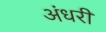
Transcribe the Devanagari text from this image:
अंधरी